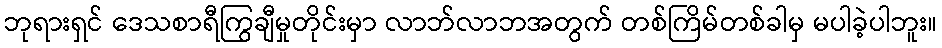
ဘုရားရှင် ဒေသစာရီကြွချီမှုတိုင်းမှာ လာဘ်လာဘအတွက် တစ်ကြိမ်တစ်ခါမှ မပါခဲ့ပါဘူး။